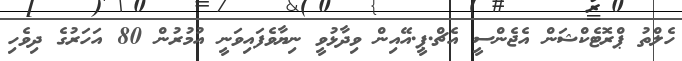
ހެލްތު ޕްރޮޓެކްޝަން އެޖެންސީ އެޗް.ޕީ.އޭއިން ވިދާޅުވީ ނިޔާވެފައިވަނީ އުމުރުން 80 އަހަރުގެ ދިވެހި